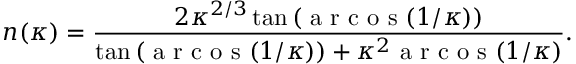
n ( \kappa ) = \frac { 2 \kappa ^ { 2 / 3 } \tan \left( \textrm { a r c o s } ( 1 / \kappa ) \right) } { \tan \left( \textrm { a r c o s } ( 1 / \kappa ) \right) + \kappa ^ { 2 } \textrm { a r c o s } ( 1 / \kappa ) } .